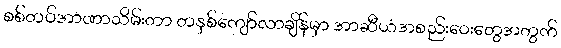
စစ်တပ်အာဏာသိမ်းတာ တနှစ်ကျော်လာချိန်မှာ အာဆီယံအစည်းဝေးတွေအတွက်